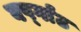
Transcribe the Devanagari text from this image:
वर्ष्गांठ